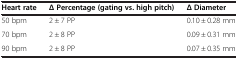
<table><thead><tr><td><b>Heart rate</b></td><td><b>Δ Percentage (gating vs. high pitch)</b></td><td><b>Δ Diameter</b></td></tr></thead><tbody><tr><td>50 bpm</td><td>2 ± 7 PP</td><td>0.10 ± 0.28 mm</td></tr><tr><td>70 bpm</td><td>2 ± 8 PP</td><td>0.09 ± 0.31 mm</td></tr><tr><td>90 bpm</td><td>2 ± 8 PP</td><td>0.07 ± 0.35 mm</td></tr></tbody></table>